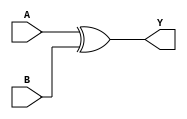
module xor_gate (
    input A,
    input B,
    output Y
);
    assign Y = A ^ B;
endmodule

module and_gate (
    input A,
    input B,
    output Y
);
    assign Y = A & B;
endmodule

module half_adder (
    input A,
    input B,
    output Sum,
    output Carry
);
    xor_gate XOR1 (.A(A), .B(B), .Y(Sum));
    and_gate AND1 (.A(A), .B(B), .Y(Carry));
endmodule